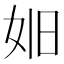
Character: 𪥮